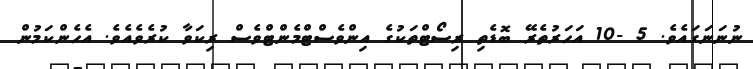
ނުނަނަގައެވެ. 5 -10 އަހަރުތެރޭ ބޮޑެތި ރިސޯޓްތަކުގެ އިންވެސްޓްމެންޓްވެސް ރިކަވާ ކުރެވެއެވެ. އެހެންކަމުން